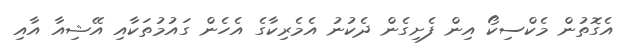
އެގޮތުން މެކްސިކޯ އިން ފެށިގެން ދެކުނު އެމެރިކާގެ އެހެން ގައުމުތަކާއި އޭޝިއާ އާއި